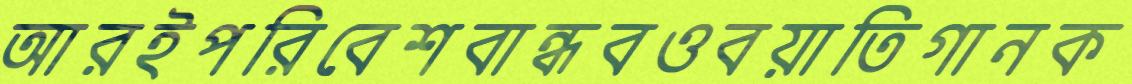
আরইপরিবেশবান্ধবওবয়াতিগানক